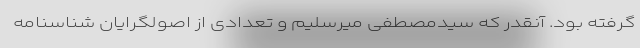
گرفته بود. آنقدر که سیدمصطفی میرسلیم و تعدادی از اصولگرایان شناسنامه